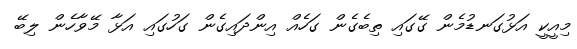
މިއީކީ އަޅުގަނޑުމެން ގޭގައި ތިބެގެން ގަހެއް އިންދައިގެން ގަހުގައި އަޅާ މޭވާހެން ލިބޭ